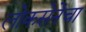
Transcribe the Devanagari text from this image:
लोकसेनेचा